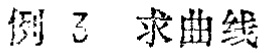
例 3 求曲线